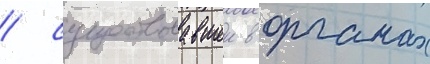
/ существовавшеи в органах